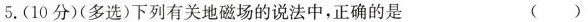
5. (10分)(多选) 下列有关地磁场的说法中，正确的是 ( )